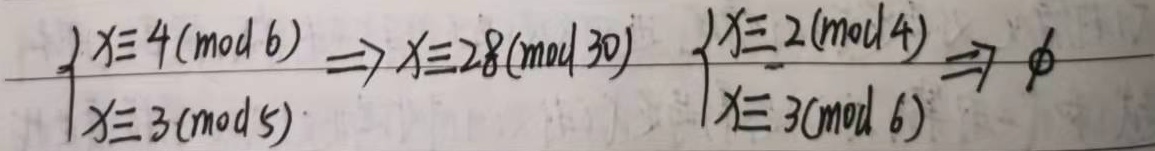
\(\begin{cases}x\equiv4\ (\text{mod }6)\\x\equiv3\ (\text{mod }5)\end{cases}\Rightarrow x\equiv28\ (\text{mod }30)\)

\(\begin{cases}x\equiv2\ (\text{mod }4)\\x\equiv3\ (\text{mod }6)\end{cases}\Rightarrow\varnothing\)